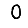
Digit: 0